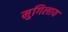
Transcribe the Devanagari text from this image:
मुगिलाय